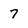
Character: 7